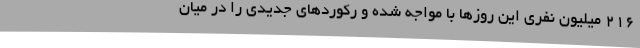
216 میلیون نفری این روزها با مواجه شده و رکوردهای جدیدی را در میان